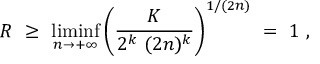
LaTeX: R \ \ge \ \operatorname * { l i m i n f } _ { n \to + \infty } \left( \frac K { 2 ^ { k } \ ( 2 n ) ^ { k } } \right) ^ { 1 / ( 2 n ) } \ = \ 1 \ ,